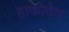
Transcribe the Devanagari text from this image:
हाकोदेत